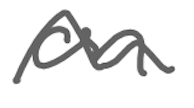
Text: on
Cross-out: wave
Writing tool: digital_gray